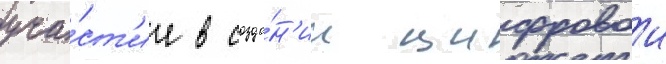
уча́ст'ие в созда́н'ии цифровои